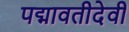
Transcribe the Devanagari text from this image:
पद्मावतीदेवी